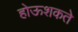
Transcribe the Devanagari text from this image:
होऊशकते